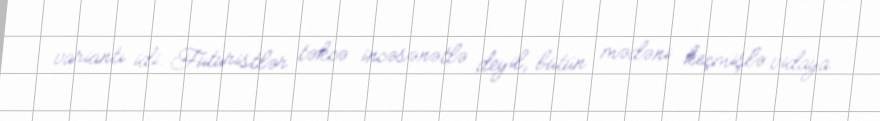
variantı idi. Futuristlər təkcə incəsənətlə deyil, bütün mədəni keçmişlə vidaya